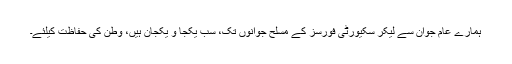
ہمارے عام جوان سے لیکر سکیورٹی فورسز کے مسلح جوانوں تک، سب یکجا و یکجان ہیں، وطن کی حفاظت کیلئے۔